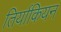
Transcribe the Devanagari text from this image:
तिर्याकियन